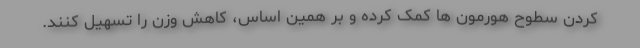
کردن سطوح هورمون ها کمک کرده و بر همین اساس، کاهش وزن را تسهیل کنند.